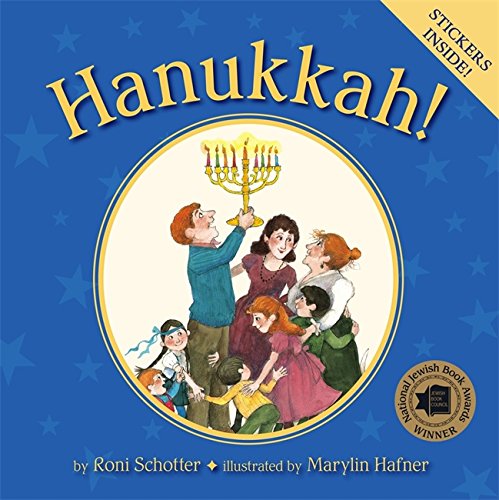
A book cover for Hanukkah!; Roni Schotter; Children's Books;